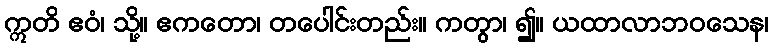
ဣတိ ဧဝံ၊ သို့။ ဧကတော၊ တပေါင်းတည်း။ ကတွာ၊ ၍။ ယထာလာဘဝသေန၊